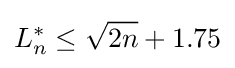
L_{n}^{*}\leq {\sqrt {2n}}+1.75